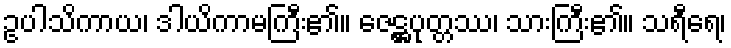
ဥပါသိကာယ၊ ဒါယိကာမကြီး၏။ ဇေဋ္ဌပုတ္တဿ၊ သားကြီး၏။ သရီရေ၊